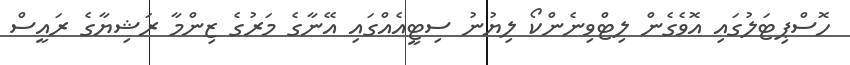
ހޮސްޕިޓަލުގައި އޮވެގެން ލިޓްވިނެންކޯ ލިޔުނު ސިޓީއެއްގައި އޭނާގެ މަރުގެ ޒިންމާ ރަޝިޔާގެ ރައީސް